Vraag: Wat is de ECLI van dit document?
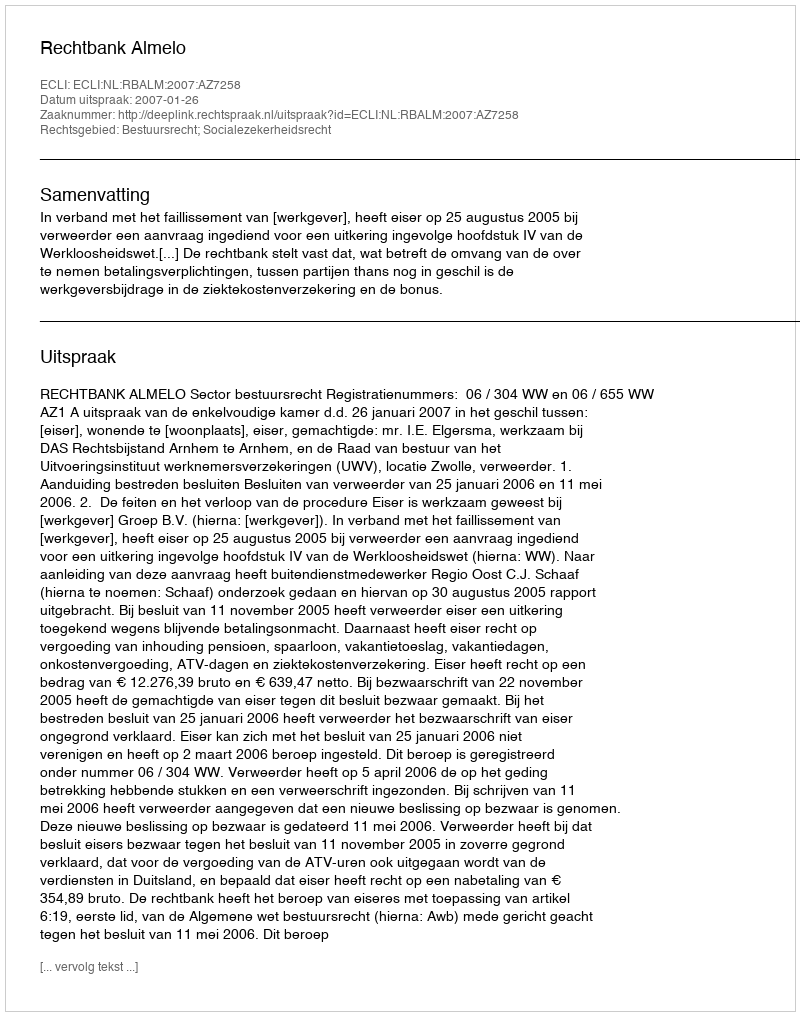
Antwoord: ECLI:NL:RBALM:2007:AZ7258